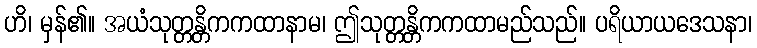
ဟိ၊ မှန်၏။ အယံသုတ္တန္တိကကထာနာမ၊ ဤသုတ္တန္တိကကထာမည်သည်။ ပရိယာယဒေသနာ၊